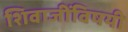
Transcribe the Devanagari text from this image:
शिवाजींविषयी